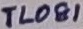
Text: TL081